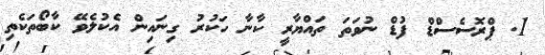
1. ޕްރޮސެސްޑް ފުޑް ނުވަތަ ތައްޔާރީ ކާނާ ހަކުރު ގިނައިން އެކުލެވޭ ކާބޯތަކެތި